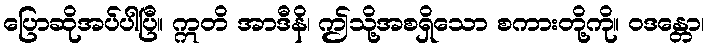
ပြောဆိုအပ်ပါပြီ။ ဣတိ အာဒီနိ၊ ဤသို့အစရှိသော စကားတို့ကို။ ဝဒန္တော၊